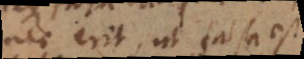
nec erit, ut falsa est